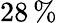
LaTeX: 28\, \%